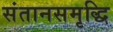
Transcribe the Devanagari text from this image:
संतानसमृद्धि